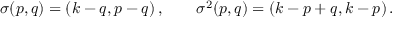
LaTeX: \sigma ( p , q ) = ( k - q , p - q ) \, , \qquad \sigma ^ { 2 } ( p , q ) = ( k - p + q , k - p ) \, .